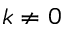
k \neq 0